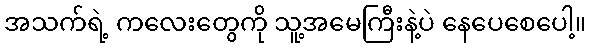
အသက်ရဲ့ ကလေးတွေကို သူ့အမေကြီးနဲ့ပဲ နေပေစေပေါ့။